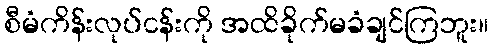
စီမံကိန်းလုပ်ငန်းကို အထိခိုက်မခံချင်ကြဘူး။